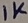
Text: 1K